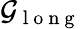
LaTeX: \mathcal{G}_{\mathrm{~l~o~n~g~}}